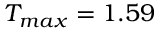
T _ { m a x } = 1 . 5 9